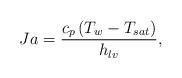
LaTeX: \begin{align*}Ja = \frac{{{c_p}\left( {{T_w} - {T_{sat}}} \right)}}{{{h_{lv}}}},\end{align*}